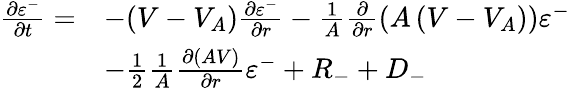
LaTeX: \begin{array}{rl}{\frac{\partial\varepsilon^{-}}{\partial t}=}&{-(V-V_{A})\frac{\partial\varepsilon^{-}}{\partial r}-\frac{1}{A}\frac{\partial}{\partial r}\left(A\left(V-V_{A}\right)\right)\varepsilon^{-}}\\ &{-\frac{1}{2}\frac{1}{A}\frac{\partial(AV)}{\partial r}\varepsilon^{-}+R_{-}+D_{-}}\end{array}